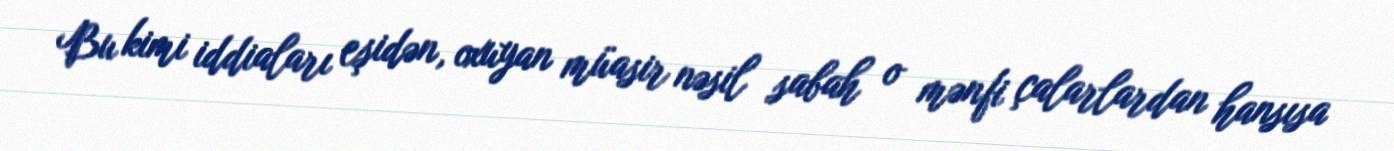
Bu kimi iddiaları eşidən, oxuyan müasir nəsil sabah o mənfi çalarlardan hansısa